Report of the Indian Hemp Drugs Commission, 1894-1895 - Volume V
Year: 1894
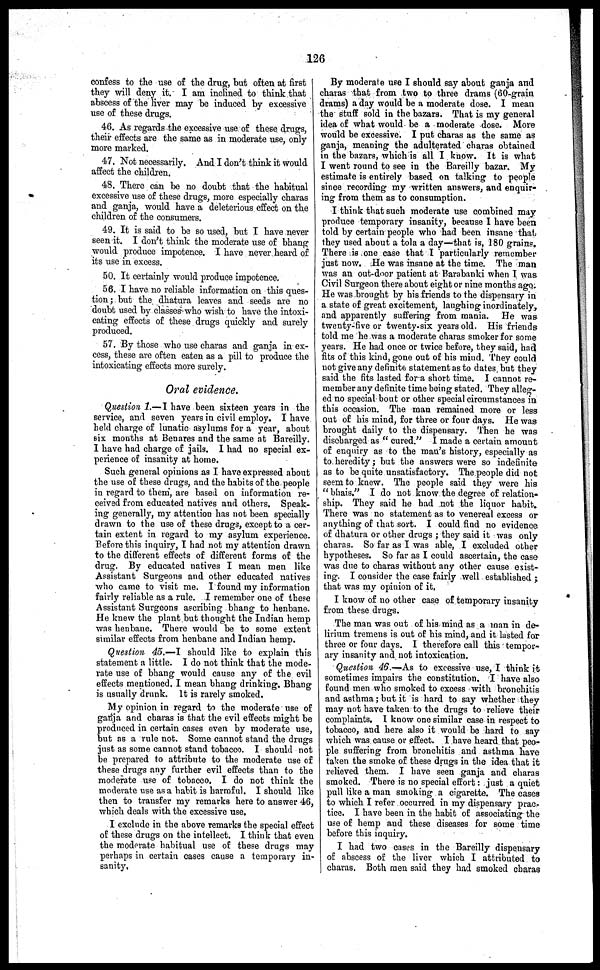
126
confess to the use of the drug, hut often at first
they will deny it. I am inclined to think that
ahsecess of the liver may be induced by excessive
use of these drugs.
46. As regards the excessive use of these drugs,
their effects are the same as in moderate use, only
more marked.
47. Not necessarily. And I don't think it would
affect the children.
48. There can be no doubt that the habitual
excessive use of these drugs, more especially charas
and ganja, would have a deleterious effect on the
children of the consumers.
49. It is said to be so used, but I have never
seen it. I don't think the moderate use of bhang
would produce impotence. I have never heard of
its use in excess.
50. It certainly would produce impotence.
56. I have no reliable information on this ques-
tion; but the dhatura leaves and seeds are no
doubt used by classes who wish to have the intoxi-
cating effects of these drugs quickly and surely
produced.
57. By those who use charas and ganja in ex-
cess, these are often eaten as a pill to produce the
intoxicating effects more surely.
Oral evidence.
Question 1.—I have been sixteen years in the
service, and seven years in civil employ. I have
held charge of lunatic asylums for a year, about
six months at Benares and the same at Bareilly.
I have had charge of jails. I had no special ex-
perience of insanity at home.
Such general opinions as I have expressed about
the use of these drugs, and the habits of the people
in regard to them, are based on information re-
ceived from educated natives and others. Speak-
ing generally, my attention has not been specially
drawn to the use of these drugs, except to a cer-
tain extent in regard to my asylum experience.
Before this inquiry, I had not my attention drawn
to the different effects of different forms of the
drug. By educated natives I mean men like
Assistant Surgeons and other educated natives
who came to visit me. I found my information
fairly reliable as a rule. I remember one of these
Assistant Surgeons ascribing bhang to henbane.
He knew the plant but thought the Indian hemp
was henbane. There would be to some extent
similar effects from henbane and Indian hemp.
Question 45.—I should like to explain this
statement a little. I do not think that the mode-
rate use of bhang would cause any of the evil
effects mentioned. I mean bhang drinking. Bhang
is usually drunk. It is rarely smoked.
My opinion in regard to the moderate use of
ganja and charas is that the evil effects might be
produced in certain cases even by moderate use,
but as a rule not. Some cannot stand the drugs
just as some cannot stand tobacco. I should not
be prepared to attribute to the moderate use of
these drugs any further evil effects than to the
moderate use of tobacco. I do not think the
moderate use as a habit is harmful. I should like
then to transfer my remarks here to answer 46,
which deals with the excessive use.
I exclude in the above remarks the special effect
of these drugs on the intellect. I think that even
the moderate habitual use of these drugs may
perhaps in certain cases cause a temporary in-
sanity,
By moderate use I should say about ganja and
charas that from two to three drams (60-grain
drams) a day would be a moderate dose. I mean
the stuff sold in the bazars. That is my general
idea of what would be a moderate dose. More
would be excessive. I put charas as the same as
ganja, meaning the adulterated charas obtained
in the bazars, which is all I know. It is what
I went round to see in the Bareilly bazar. My
estimate is entirely based on talking to people
since recording my written answers, and enquir-
ing from them as to consumption.
I think that such moderate use combined may
produce temporary insanity, because I have been
told by certain people who had been insane that
they used about a tola a day—that is, 180 grains.
There is one case that I particularly remember
just now. He was insane at the time. The man
was an out-door patient at Barabanki when I was
Civil Surgeon there about eight or nine months ago.
He was brought by his friends to the dispensary in
a state of great excitement, laughing inordinately,
and apparently suffering from mania. He was
twenty-five or twenty-six years old. His friends
told me he was a moderate charas smoker for some
years. He had once or twice before, they said, had
fits of this kind, gone out of his mind. They could
not give any definite statement as to dates but they
said the fits lasted for a short time. I cannot re-
member any definite time being stated. They alleg-
ed no special bout or other special circumstances in
this occasion. The man remained more or less
out of his mind, for three or four days. He was
brought daily to the dispensary. Then he was
discharged as " cured." I made a certain amount
of enquiry as to the man's history, especially as
to heredity; but the answers were so indefinite
as to be quite unsatisfactory. The people did not
seem to knew. The people said they were his
" bhais." I do not know the degree of relation-
ship. They said he had not the liquor habit.
There was no statement as to venereal excess or
anything of that sort. I could find no evidence
of dhatura or other drugs ; they said it was only
charas. So far as I was able, I excluded other
hypotheses. So far as I could ascertain, the case
was due to charas without any other cause exist-
ing. I consider the case fairly well established ;
that was my opinion of it.
I know of no other case of temporary insanity
from these drugs.
The man was out of his mind as a man in de-
lirium tremens is out of his mind, and it lasted for
three or four days. I therefore call this tempor-
ary insanity and not intoxication.
Question 46.—As to excessive use, I think it
sometimes impairs the constitution. I have also
found men who smoked to excess with bronchitis
and asthma; but it is hard to say whether they
may not have taken to the drugs to relieve their
complaints. I know one similar case in respect to
tobacco, and here also it would be hard to say
which was cause or effect. I have heard that peo-
ple suffering from bronchitis and asthma have
taken the smoke of these drugs in the idea that it
relieved them. I have seen ganja and charas
smoked. There is no special effort: just a quiet
pull like a man smoking a cigarette. The cases
to which I refer occurred in my dispensary prac-
tice. I have been in the habit of associating the
use of hemp and these diseases for some time
before this inquiry.
I had two cases in the Bareilly dispensary
of abscess of the liver which I attributed to
charas. Both men said they had smoked charas